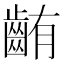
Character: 𪘃